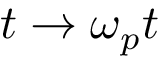
{ t } \rightarrow \omega _ { p } t